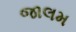
જાલમ